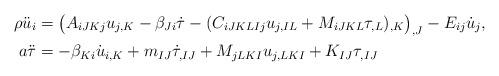
LaTeX: \begin{align*}\rho \ddot{u}_i &= \big(A_{iJKj} u_{j,K} - \beta_{Ji} \dot{\tau} -(C_{iJKLIj} u_{j,IL} + M_{iJKL} \tau_{,L} )_{,K}\big)_{,J} -E_{ij} \dot{u}_j,\\ a \ddot{\tau} &=-\beta_{Ki} \dot{u}_{i,K} + m_{IJ}\dot{\tau}_{,IJ} + M_{jLKI} u_{j,LKI} +K_{IJ}\tau_{,IJ}\end{align*}